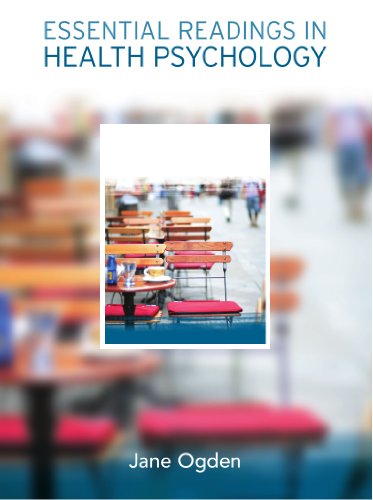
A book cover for Essential Readings in Health Psychology; Jane Ogden; Medical Books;